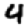
Digit: 4